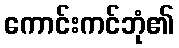
ကောင်းကင်ဘုံ၏